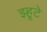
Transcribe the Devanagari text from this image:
झ्हूटे